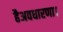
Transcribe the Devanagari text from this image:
हैअवधारणा।